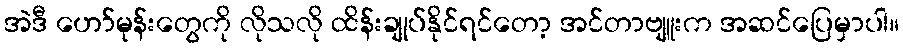
အဲဒီ ဟော်မုန်းတွေကို လိုသလို ထိန်းချုပ်နိုင်ရင်တော့ အင်တာဗျူးက အဆင်ပြေမှာပါ။